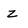
Character: z